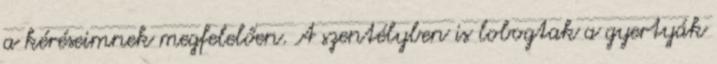
a kéréseimnek megfelelően. A szentélyben is lobogtak a gyertyák